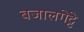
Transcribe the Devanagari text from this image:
बजालगेट्टे